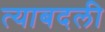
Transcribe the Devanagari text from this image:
त्याबदली